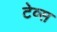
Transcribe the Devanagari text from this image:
टेव्स